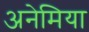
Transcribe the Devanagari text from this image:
अनेमिया